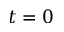
t = 0